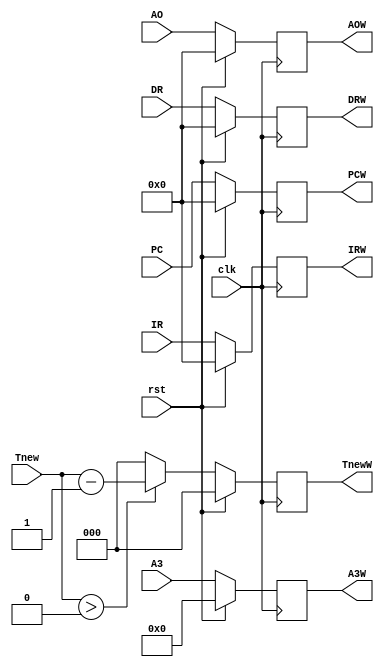
module regW(
           input clk,
           input rst,
           input [31:0] IR,
           input [31:0] PC,
           input [31:0] DR,
           input [31:0] AO,
           output reg [31:0] IRW,
           output reg [31:0] PCW,
           output reg [31:0] DRW,
           output reg [31:0] AOW,
           //   input [4:0] A1,
           //   input [4:0] A2,
           input [4:0] A3,
           input [2:0] Tnew,
           //   input [2:0] Tuse1,
           //   input [2:0] Tuse2,
           //   output reg [4:0] A1W,
           //   output reg [4:0] A2W,
           output reg [4:0] A3W,
           output reg [2:0] TnewW
           //   output reg [2:0] Tuse1W,
           //   output reg [2:0] Tuse2W
       );

initial begin
    IRW = 0;
    PCW = 0;
    DRW = 0;
    AOW = 0;
    // A1W = 0;
    // A2W = 0;
    A3W = 0;
    TnewW = 0;
    // Tuse1W = 0;
    // Tuse2W = 0;
end

always @(posedge clk) begin
    if(rst) begin
        IRW <= 0;
        PCW <= 0;
        DRW <= 0;
        AOW <= 0;
        // A1W = 0;
        // A2W <= 0;
        A3W <= 0;
        TnewW <= 0;
        // Tuse1W <= 0;
        // Tuse2W <= 0;
    end
    else begin
        IRW <= IR;
        PCW <= PC;
        DRW <= DR;
        AOW <= AO;
        // A1W <= A1;
        // A2W <= A2;
        A3W <= A3;
        TnewW <= Tnew > 0 ? Tnew - 1 : 0;
        // Tuse1W <= Tuse1;
        // Tuse2W <= Tuse2;
    end
end

endmodule